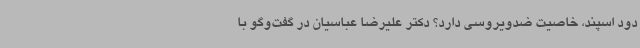
دود اسپند، خاصیت ضدویروسی دارد؟ دکتر علیرضا عباسیان در گفت‌وگو با